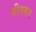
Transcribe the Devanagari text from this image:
भीमबल